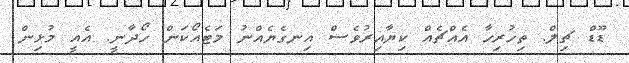
ޑޫޑް ޗިލް. ތިހުރިހާ އެއްޗެއް ކިޔާއިރުވެސް އިނގެޔެއްނު މަޓެއޯކަން ހޯދާނީ. އެއީ މުޅިން